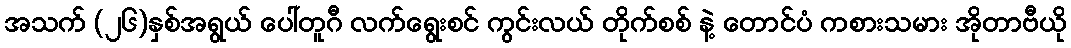
အသက် (၂၆)နှစ်အရွယ် ပေါ်တူဂီ လက်ရွေးစင် ကွင်းလယ် တိုက်စစ် နဲ့ တောင်ပံ ကစားသမား အိုတာဗီယို